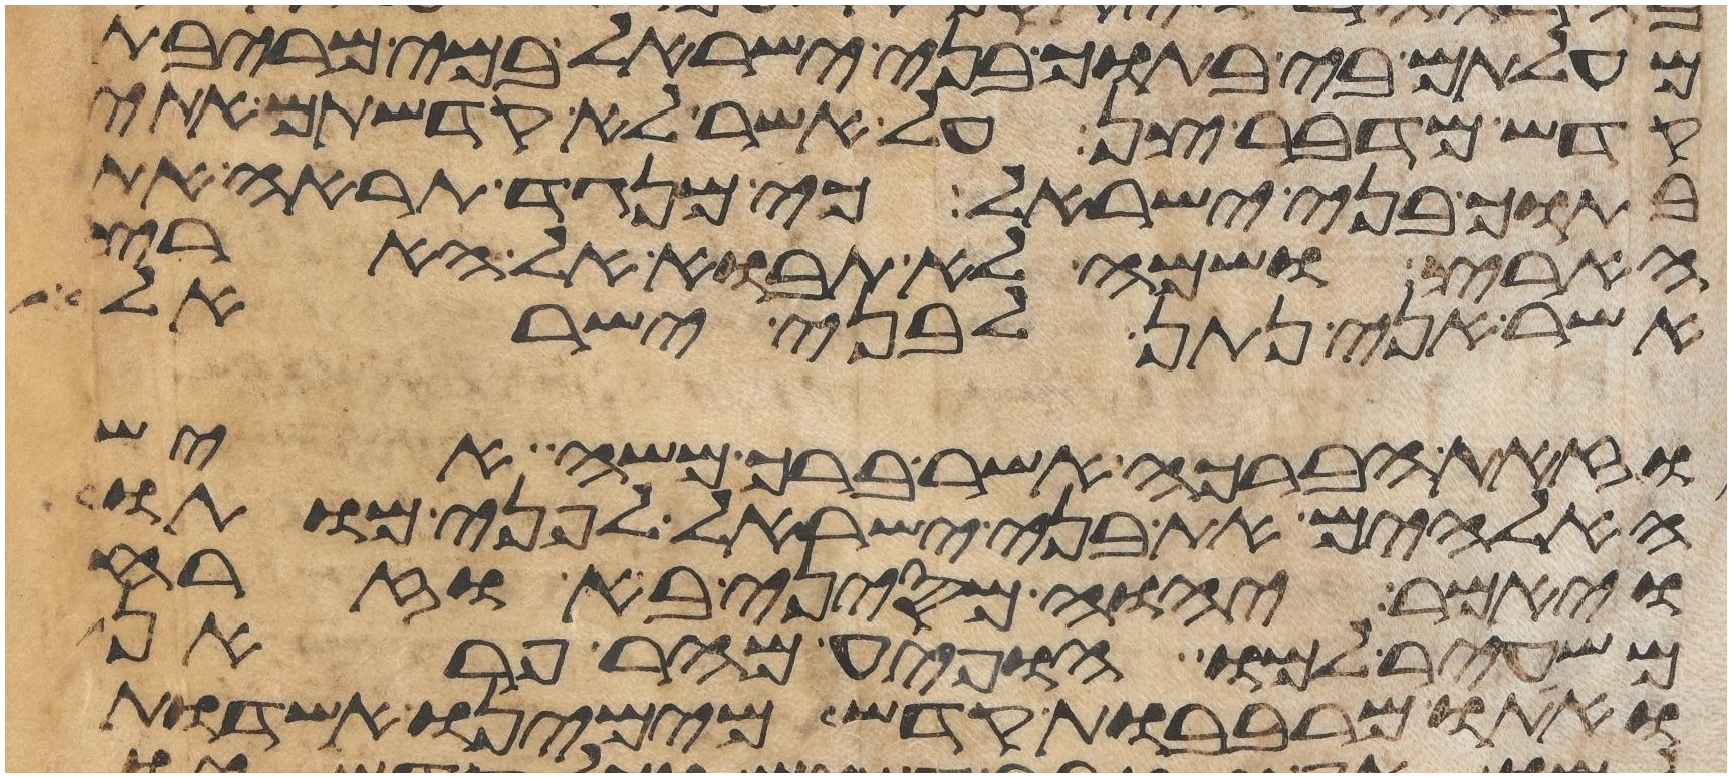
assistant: מעלתם בי בתוך בני ישראל במי מריבת
קדש מדבר צן על אשר לא קדשתם אתי
בתוך בני ישראל כי מנגד תראה את
הארץ ושמה לא תבוא אל הארץ
אשר אני נתן לבני ישראל
וזאת הברכה אשר ברך משה איש
האלהים את בני ישראל לפני מותו
ויאמר יהוה מסיני בא וזרח
משעיר למו הופיע מהר פראן
ואתו מרבבות קדש מימינו אשדות